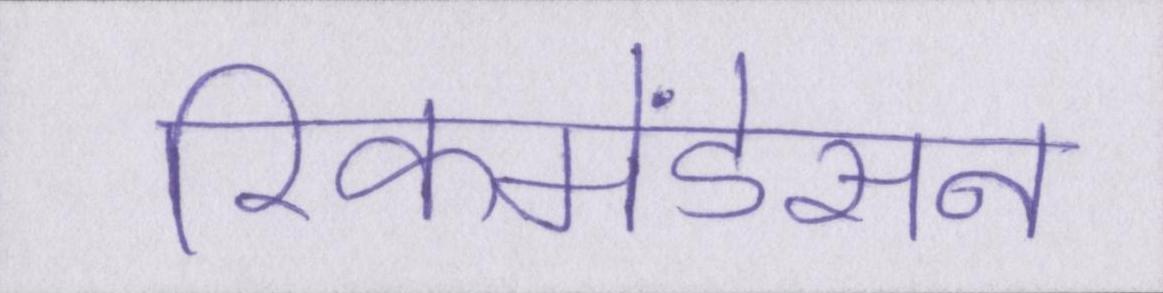
रिकमेंडेसन